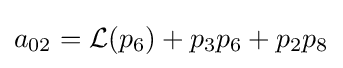
a_{02}={\mathcal {L}}(p_{6})+p_{3}p_{6}+p_{2}p_{8}